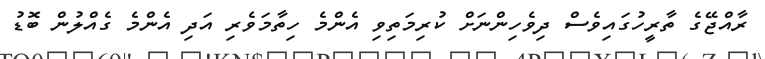
ރާއްްޖޭގެ ތާރީހުގައިވެސް ދިވެހިންނަށް ކުރިމަތިވި އެންމެ ހިތާމަވެރި އަދި އެންމެ ގެއްލުން ބޮޑު